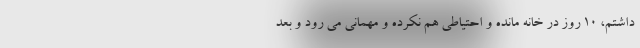
داشتم، ۱۰ روز در خانه مانده و احتیاطی هم نکرده و مهمانی می رود و بعد